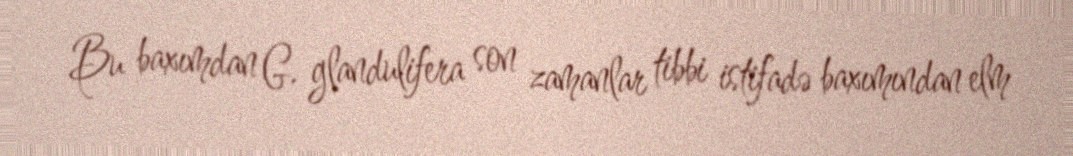
Bu baxımdan G. glandulifera son zamanlar tibbi istifadə baxımından elm